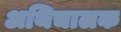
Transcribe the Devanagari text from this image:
अथिचालक